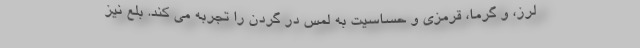
لرز، و گرما، قرمزی و حساسیت به لمس در گردن را تجربه می کند. بلع نیز